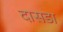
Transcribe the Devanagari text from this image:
दासडा